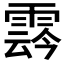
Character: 𩃬